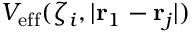
V _ { \mathrm { e f f } } ( \zeta _ { i } , | \mathbf { r } _ { 1 } - \mathbf { r } _ { j } | )